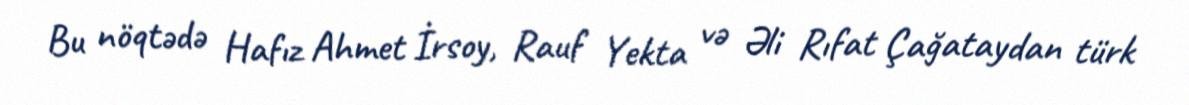
Bu nöqtədə Hafız Ahmet İrsoy, Rauf Yekta və Əli Rıfat Çağataydan türk